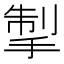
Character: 掣